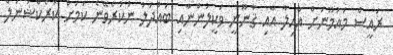
ރައީސް މައުމޫނަށް އާއިލާ އާއި ޤާނޫނީ ވަކީލުންނާއި ބައްދަލު ނުކުރެވޭނެ ކަމަށް ކަރެކްޝަނަލް